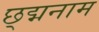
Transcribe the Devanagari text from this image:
छ्द्मनाम